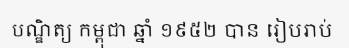
បណ្ឌិត្យ កម្ពុជា ឆ្នាំ ១៩៥២ បាន រៀបរាប់